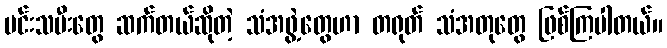
မင်းသမီးတွေ ဆက်တယ်ဆိုတဲ့ သံအဖွဲ့တွေဟာ တရုတ် သံအတုတွေ ဖြစ်ကြပါတယ်။